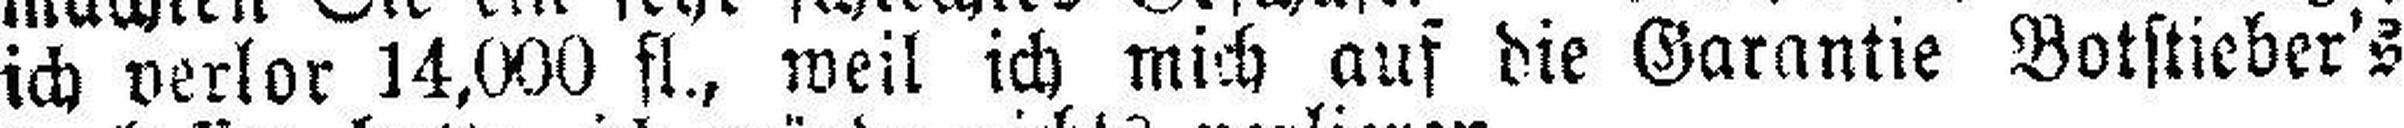
ich verlor 14,000 fl., weil ich mich auf die Garantie Botstieber's